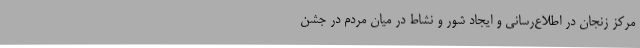
مرکز زنجان در اطلاع‌رسانی و ایجاد شور و نشاط در میان مردم در جشن